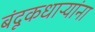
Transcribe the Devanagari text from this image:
बंदूकधाऱ्यांना